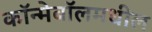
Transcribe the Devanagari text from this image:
कॉन्मेबॉलमधील